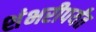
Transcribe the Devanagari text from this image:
शंभरीपर्यंत